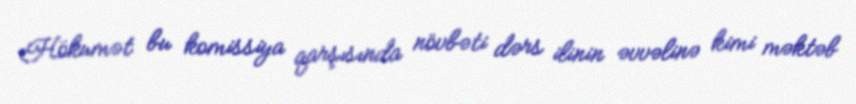
Hökumət bu komissiya qarşısında növbəti dərs ilinin əvvəlinə kimi məktəb